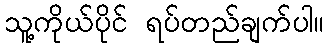
သူ့ကိုယ်ပိုင် ရပ်တည်ချက်ပါ။